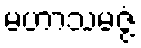
မဟာသမဇ္ဇံ